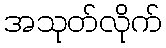
အသုတ်လိုက်